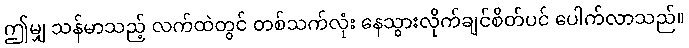
ဤမျှ သန်မာသည့် လက်ထဲတွင် တစ်သက်လုံး နေသွားလိုက်ချင်စိတ်ပင် ပေါက်လာသည်။